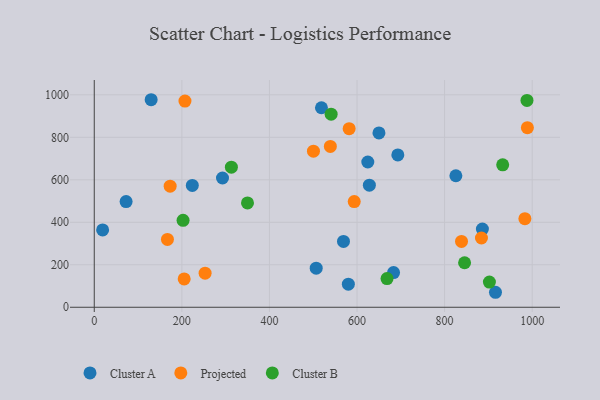
{"axis": {"x": "Engine Size", "y": "Rating"}, "legend": ["Cluster A", "Cluster B", "Projected"], "data": [{"x": "292.8", "y": 608.4, "type": "Cluster A"}, {"x": "683.4", "y": 163.1, "type": "Cluster A"}, {"x": "825.7", "y": 619.2, "type": "Cluster A"}, {"x": "506.8", "y": 184.0, "type": "Cluster A"}, {"x": "223.9", "y": 573.4, "type": "Cluster A"}, {"x": "129.9", "y": 977.0, "type": "Cluster A"}, {"x": "580.2", "y": 108.4, "type": "Cluster A"}, {"x": "886.3", "y": 368.2, "type": "Cluster A"}, {"x": "19.1", "y": 364.1, "type": "Cluster A"}, {"x": "916.2", "y": 70.5, "type": "Cluster A"}, {"x": "569.1", "y": 309.8, "type": "Cluster A"}, {"x": "72.7", "y": 497.7, "type": "Cluster A"}, {"x": "650.1", "y": 820.7, "type": "Cluster A"}, {"x": "628.2", "y": 574.5, "type": "Cluster A"}, {"x": "518.8", "y": 939.2, "type": "Cluster A"}, {"x": "624.6", "y": 683.7, "type": "Cluster A"}, {"x": "693.2", "y": 717.1, "type": "Cluster A"}, {"x": "173.3", "y": 570.0, "type": "Projected"}, {"x": "167.1", "y": 319.4, "type": "Projected"}, {"x": "989.0", "y": 845.4, "type": "Projected"}, {"x": "582.0", "y": 840.7, "type": "Projected"}, {"x": "838.6", "y": 309.8, "type": "Projected"}, {"x": "207.1", "y": 970.8, "type": "Projected"}, {"x": "593.6", "y": 497.6, "type": "Projected"}, {"x": "205.3", "y": 133.3, "type": "Projected"}, {"x": "539.1", "y": 757.1, "type": "Projected"}, {"x": "983.3", "y": 417.0, "type": "Projected"}, {"x": "884.1", "y": 326.1, "type": "Projected"}, {"x": "253.1", "y": 160.6, "type": "Projected"}, {"x": "500.5", "y": 735.0, "type": "Projected"}, {"x": "313.1", "y": 659.6, "type": "Cluster B"}, {"x": "988.1", "y": 973.9, "type": "Cluster B"}, {"x": "349.9", "y": 491.3, "type": "Cluster B"}, {"x": "540.9", "y": 909.0, "type": "Cluster B"}, {"x": "902.3", "y": 118.5, "type": "Cluster B"}, {"x": "668.5", "y": 134.8, "type": "Cluster B"}, {"x": "932.6", "y": 670.3, "type": "Cluster B"}, {"x": "845.6", "y": 209.5, "type": "Cluster B"}, {"x": "202.8", "y": 409.1, "type": "Cluster B"}]}